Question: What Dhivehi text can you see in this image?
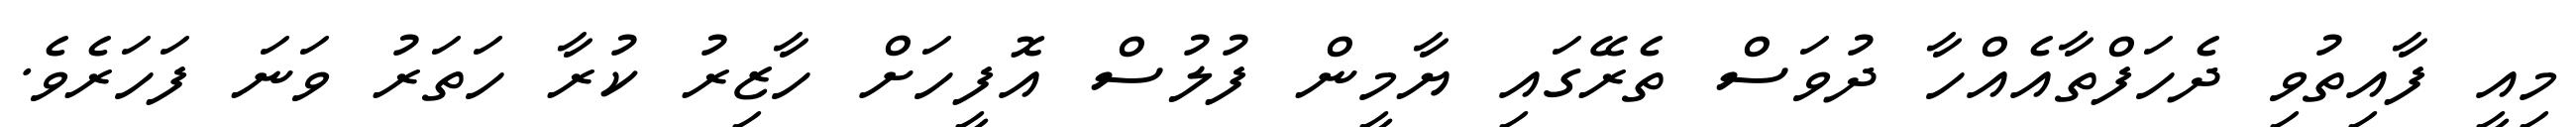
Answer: މިއީ ފާއިތުވި ދެހަފްތާއެއްހާ ދުވަސް ތެރޭގައި ޔާމީން ފުލުސް އޮފީހަށް ހާޒިރު ކުރާ ހަތަރު ވަނަ ފަހަރެވެ.